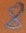
Text: 8